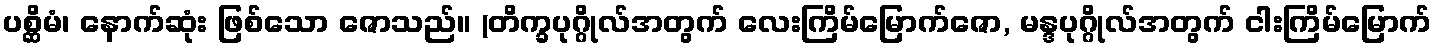
ပစ္ဆိမံ၊ နောက်ဆုံး ဖြစ်သော ဇောသည်။ (တိက္ခပုဂ္ဂိုလ်အတွက် လေးကြိမ်မြောက်ဇော, မန္ဒပုဂ္ဂိုလ်အတွက် ငါးကြိမ်မြောက်